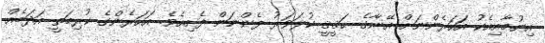
އިނުމާއިއެކު އަހަރެންނަށް އޭނާގެ ޙަޤީޤީ ކުލަވަރު ފެންނަން ފެށިއެވެ. އަހަރެންގެ ކުރިމަތީ އަދަބެއް